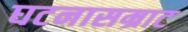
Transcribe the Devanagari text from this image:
घटनासम्राट